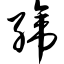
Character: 缔